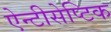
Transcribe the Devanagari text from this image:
ऐन्टीसेप्टिक